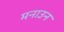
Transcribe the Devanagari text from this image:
मनाउन